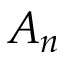
A _ { n }